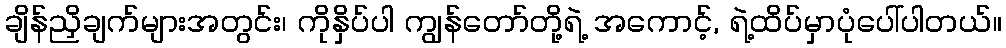
ချိန်ညှိချက်များအတွင်း၊ ကိုနှိပ်ပါ ကျွန်တော်တို့ရဲ့ အကောင့်, ရဲ့ထိပ်မှာပုံပေါ်ပါတယ်။